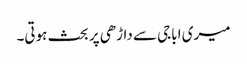
میری اباجی سے داڑھی پر بحث ہوتی۔